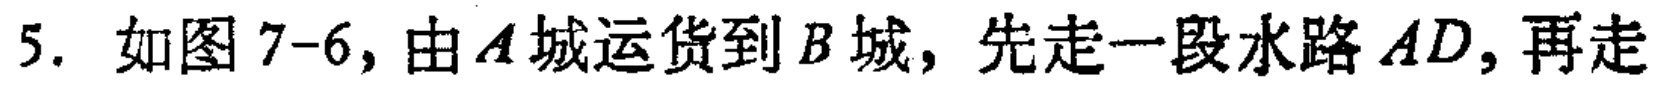
5. 如图 7-6, 由\(A\)城运货到\(B\)城, 先走一段水路\(AD\), 再走